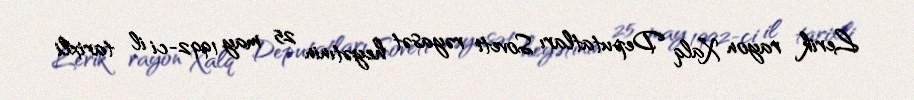
Lerik rayon Xalq Deputatları Soveti rəyasət heyətınin 25 may 1992-ci il tarixli